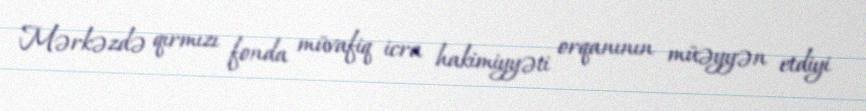
Mərkəzdə qırmızı fonda müvafiq icra hakimiyyəti orqanının müəyyən etdiyi